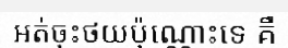
អត់ចុះថយប៉ុណ្ណោះទេ គឺ